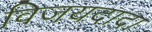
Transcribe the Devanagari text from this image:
विजयदादा